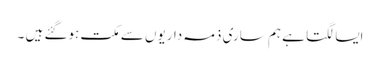
ایسا لگتا ہے ہم ساری ذمہ داریوں سے مکت ہوگئے ہیں ۔